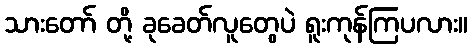
သားတော် တို့ ခုခေတ်လူတွေပဲ ရူးကုန်ကြပလား။